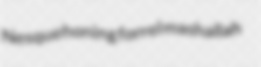
Nesquehoning forrel mashallah